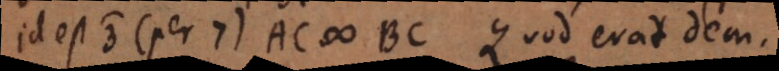
id est 3) (per 7) AC # BC. Quod erat dem.